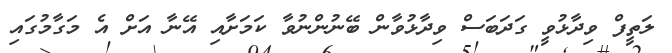
ލަތީފް ވިދާޅުވީ ގަދަބަސް ވިދާޅުވާން ބޭނުންނުވާ ކަމަށާއި އޭނާ އަށް އެ މަގާމުގައި